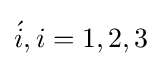
{\acute {i}},i=1,2,3